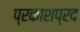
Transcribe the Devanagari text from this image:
प्रकाशप्रद